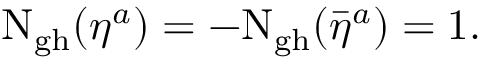
\mathrm { N _ { g h } } ( \eta ^ { a } ) = - \mathrm { \mathrm { N _ { g h } } } ( \bar { \eta } ^ { a } ) = 1 .